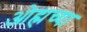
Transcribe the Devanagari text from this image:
ओह्मच्या